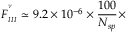
F _ { _ { I I I } } ^ { ^ { ^ { \nu } } } \simeq 9 . 2 \times 1 0 ^ { - 6 } \times \frac { 1 0 0 } { N _ { s p } } \times